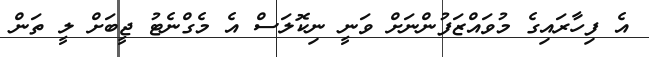
އެ ފިހާރައިގެ މުވައްޒަފުންނަށް ވަނީ ނިކޮލަސް އެ މެގްނެޓު ޖީބަށް ލީ ތަން